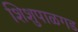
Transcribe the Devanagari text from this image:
शिशुपाळगड